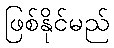
ဖြစ်နိုင်မည်